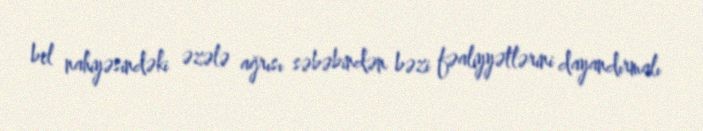
bel nahiyəsindəki əzələ ağrısı səbəbindən bəzi fəaliyyətlərini dayandırmalı